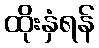
ထိုးနှံရန်